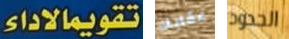
تقويمالاداء عقابك الحدود